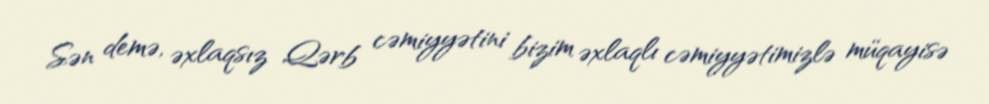
Sən demə, əxlaqsız Qərb cəmiyyətini bizim əxlaqlı cəmiyyətimizlə müqayisə